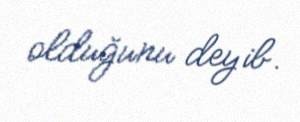
olduğunu deyib.